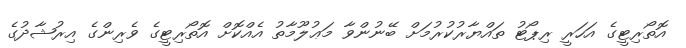
އޮތޯރިޓީގެ އަހަރީ ރިޕޯޓު ތައްޔާރުކުރުމަށް ބޭނުންވާ މަޢުލޫމާތު އެއްކޮށް އޮތޯރިޓީގެ ވެރިންގެ އިރުޝާދުގެ